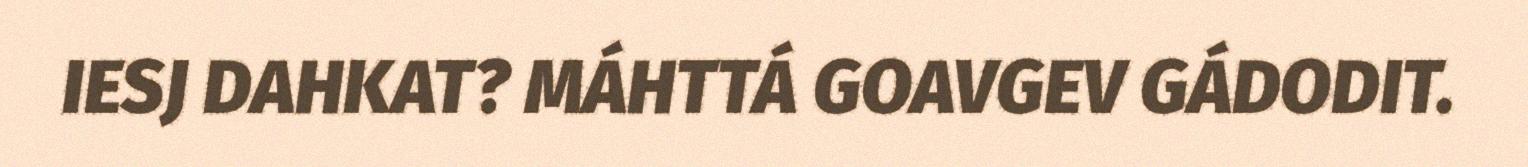
IESJ DAHKAT? MÁHTTÁ GOAVGEV GÁDODIT.